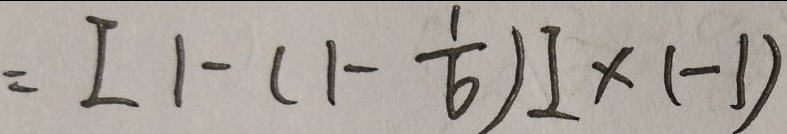
= [ 1 - ( 1 - \frac { 1 } { 6 } ) ] \times ( - 1 )